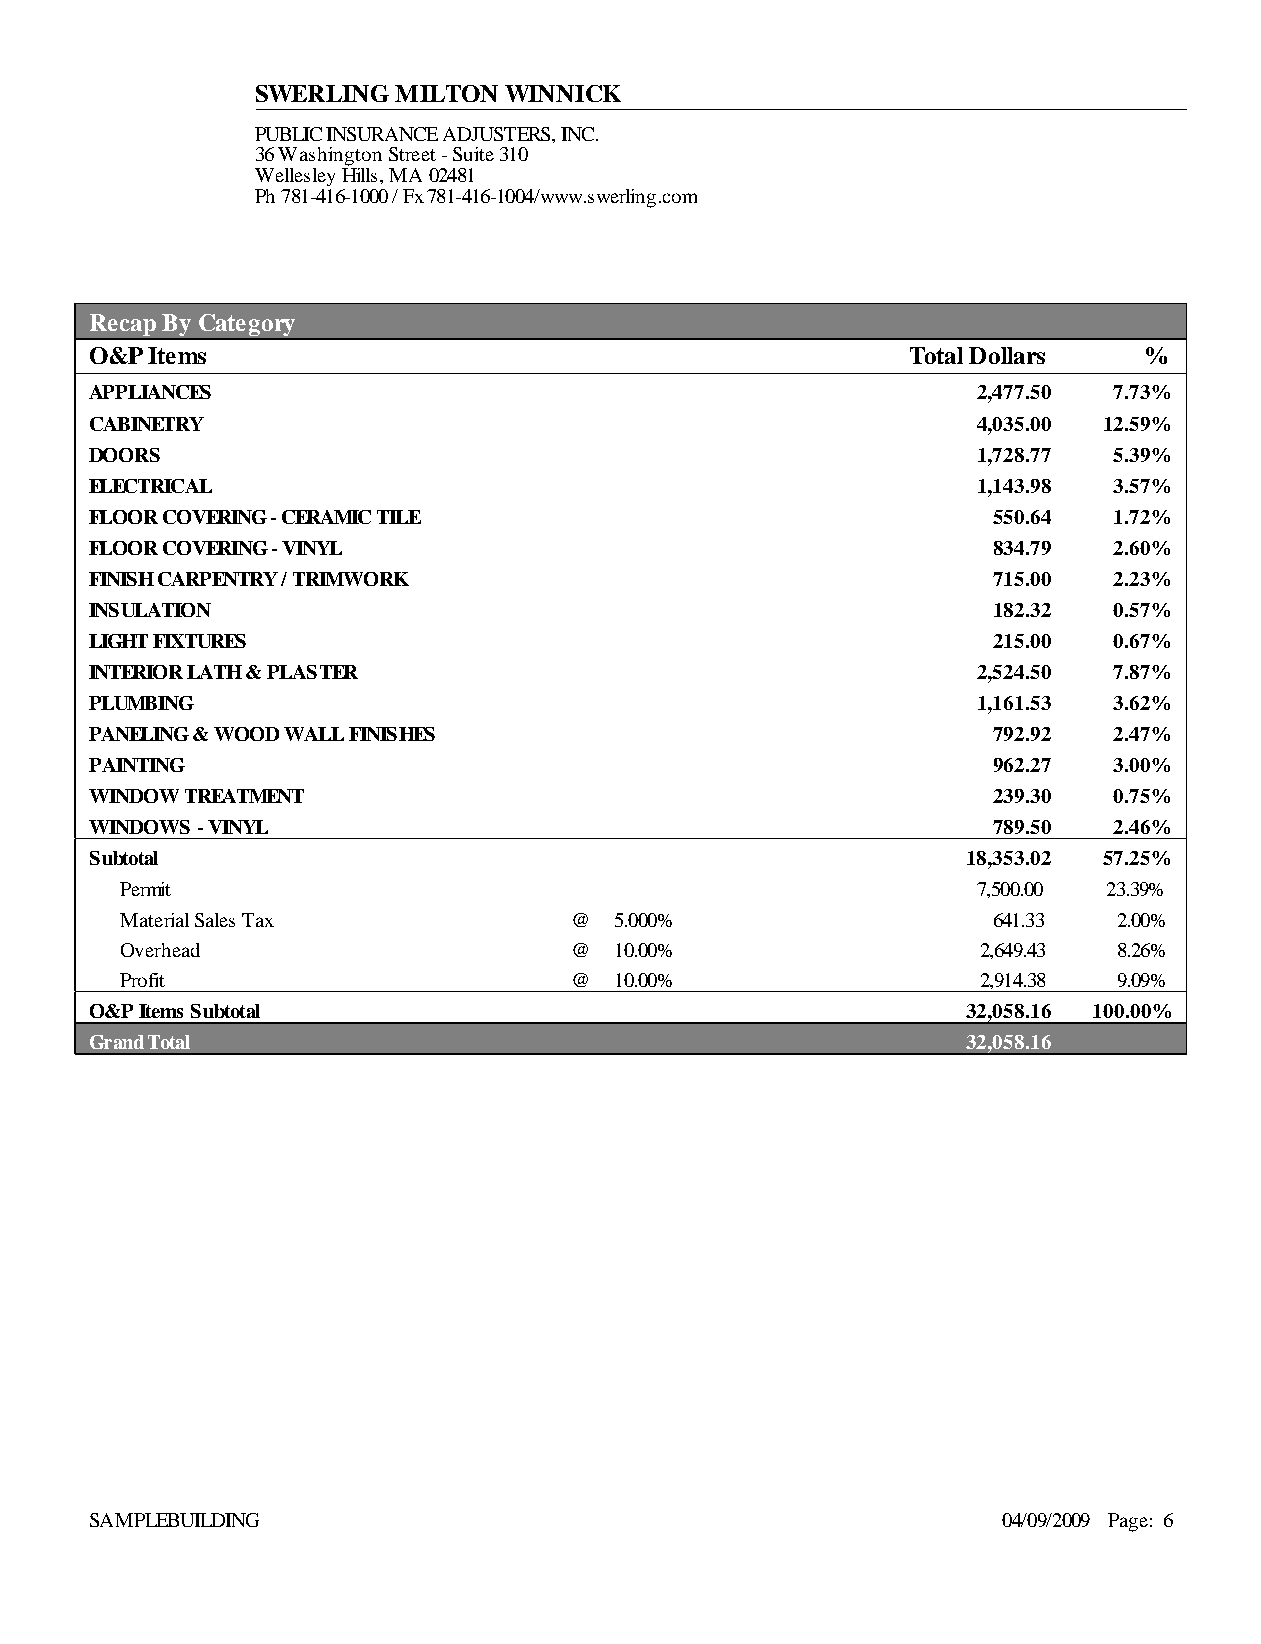
SWERLING MILTON  WINNICK
 PUBLIC INSURANCE ADJUSTERS, INC.
 36 Washington Street - Suite 310
 Wellesley Hills, MA 02481
 Ph 781-416-1000 / Fx 781-416-1004/www.swerling.com
 Recap By Category
 O&P Items                                             Total Dollars   %
 APPLIANCES                                                 2,477.50 7.73%
 CABINETRY                                                  4,035.00 12.59%
 DOORS                                                      1,728.77 5.39%
 ELECTRICAL                                                 1,143.98 3.57%
 FLOOR COVERING - CERAMIC TILE                               550.64  1.72%
 FLOOR COVERING - VINYL                                      834.79  2.60%
 FINISH CARPENTRY / TRIMWORK                                 715.00  2.23%
 INSULATION                                                  182.32  0.57%
 LIGHT FIXTURES                                              215.00  0.67%
 INTERIOR LATH & PLASTER                                    2,524.50 7.87%
 PLUMBING                                                   1,161.53 3.62%
 PANELING & WOOD WALL FINISHES                               792.92  2.47%
 PAINTING                                                    962.27  3.00%
 WINDOW TREATMENT                                            239.30  0.75%
 WINDOWS - VINYL                                             789.50  2.46%
 Subtotal                                                  18,353.02 57.25%
 Permit                                                   7,500.00 23.39%
 Material Sales Tax            @  5.000%                   641.33  2.00%
 Overhead                      @  10.00%                  2,649.43 8.26%
 Profit                        @  10.00%                  2,914.38 9.09%
 O&P Items Subtotal                                        32,058.16 100.00%
 Grand Total                                               32,058.16
 SAMPLEBUILDING                                              04/09/2009 Page: 6